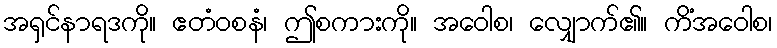
အရှင်နာရဒကို။ ဧတံဝစနံ၊ ဤစကားကို။ အဝေါစ၊ လျှောက်၏။ ကိံအဝေါစ၊